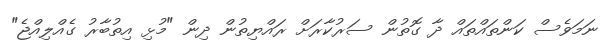
ނަމަވެސް ކަންތައްތައް ދާ ގޮތުން ސަރުކާރަށް ރައްޔިތުން ދިން "މުޅި އިތުބާރު ގެއްލިއްޖެ"